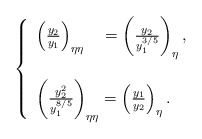
\begin{align*}\left\{ \begin{array}{ll} \left(\frac{y_2}{y_1}\right)_{\eta\eta}\ \ \ =\left(\frac{y_2}{y_1^{3/5}}\right)_{\eta}, \\ \\\left(\frac{y_2^2}{y_1^{8/5}}\right)_{\eta\eta}=\left(\frac{y_1}{y_2}\right)_\eta. \end{array} \right.\end{align*}